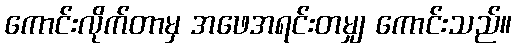
ကောင်းလိုက်တာမှ အဖေအရင်းတမျှ ကောင်းသည်။